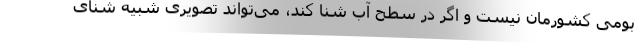
بومی کشورمان نیست و اگر در سطح آب شنا کند، می‌تواند تصویری شبیه شنای